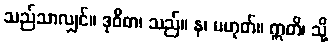
သည်သာလျှင်။ ဒုဝိဓာ၊ သည်။ န၊ မဟုတ်။ ဣတိ၊ သို့